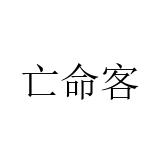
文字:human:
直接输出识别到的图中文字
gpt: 亡命客